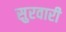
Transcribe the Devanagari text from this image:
सुरवारी